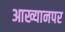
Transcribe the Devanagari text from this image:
आख्यानपर